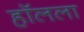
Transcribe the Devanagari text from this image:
हॉलला